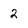
Character: 2